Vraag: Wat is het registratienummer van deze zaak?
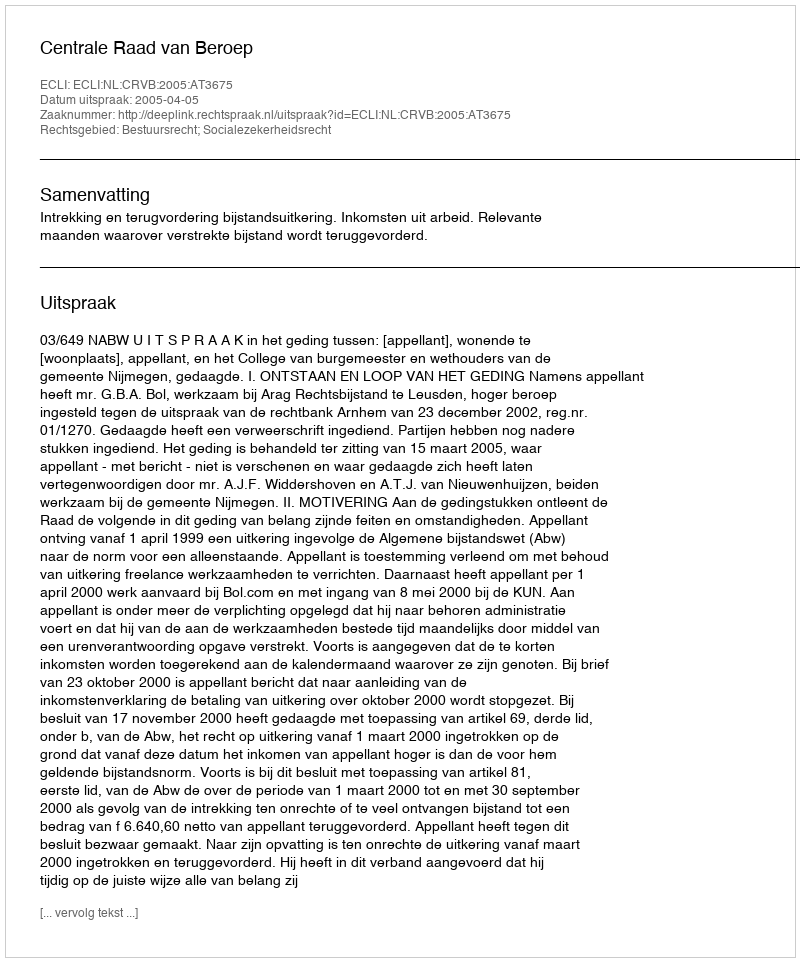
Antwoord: http://deeplink.rechtspraak.nl/uitspraak?id=ECLI:NL:CRVB:2005:AT3675